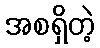
အစရှိတဲ့